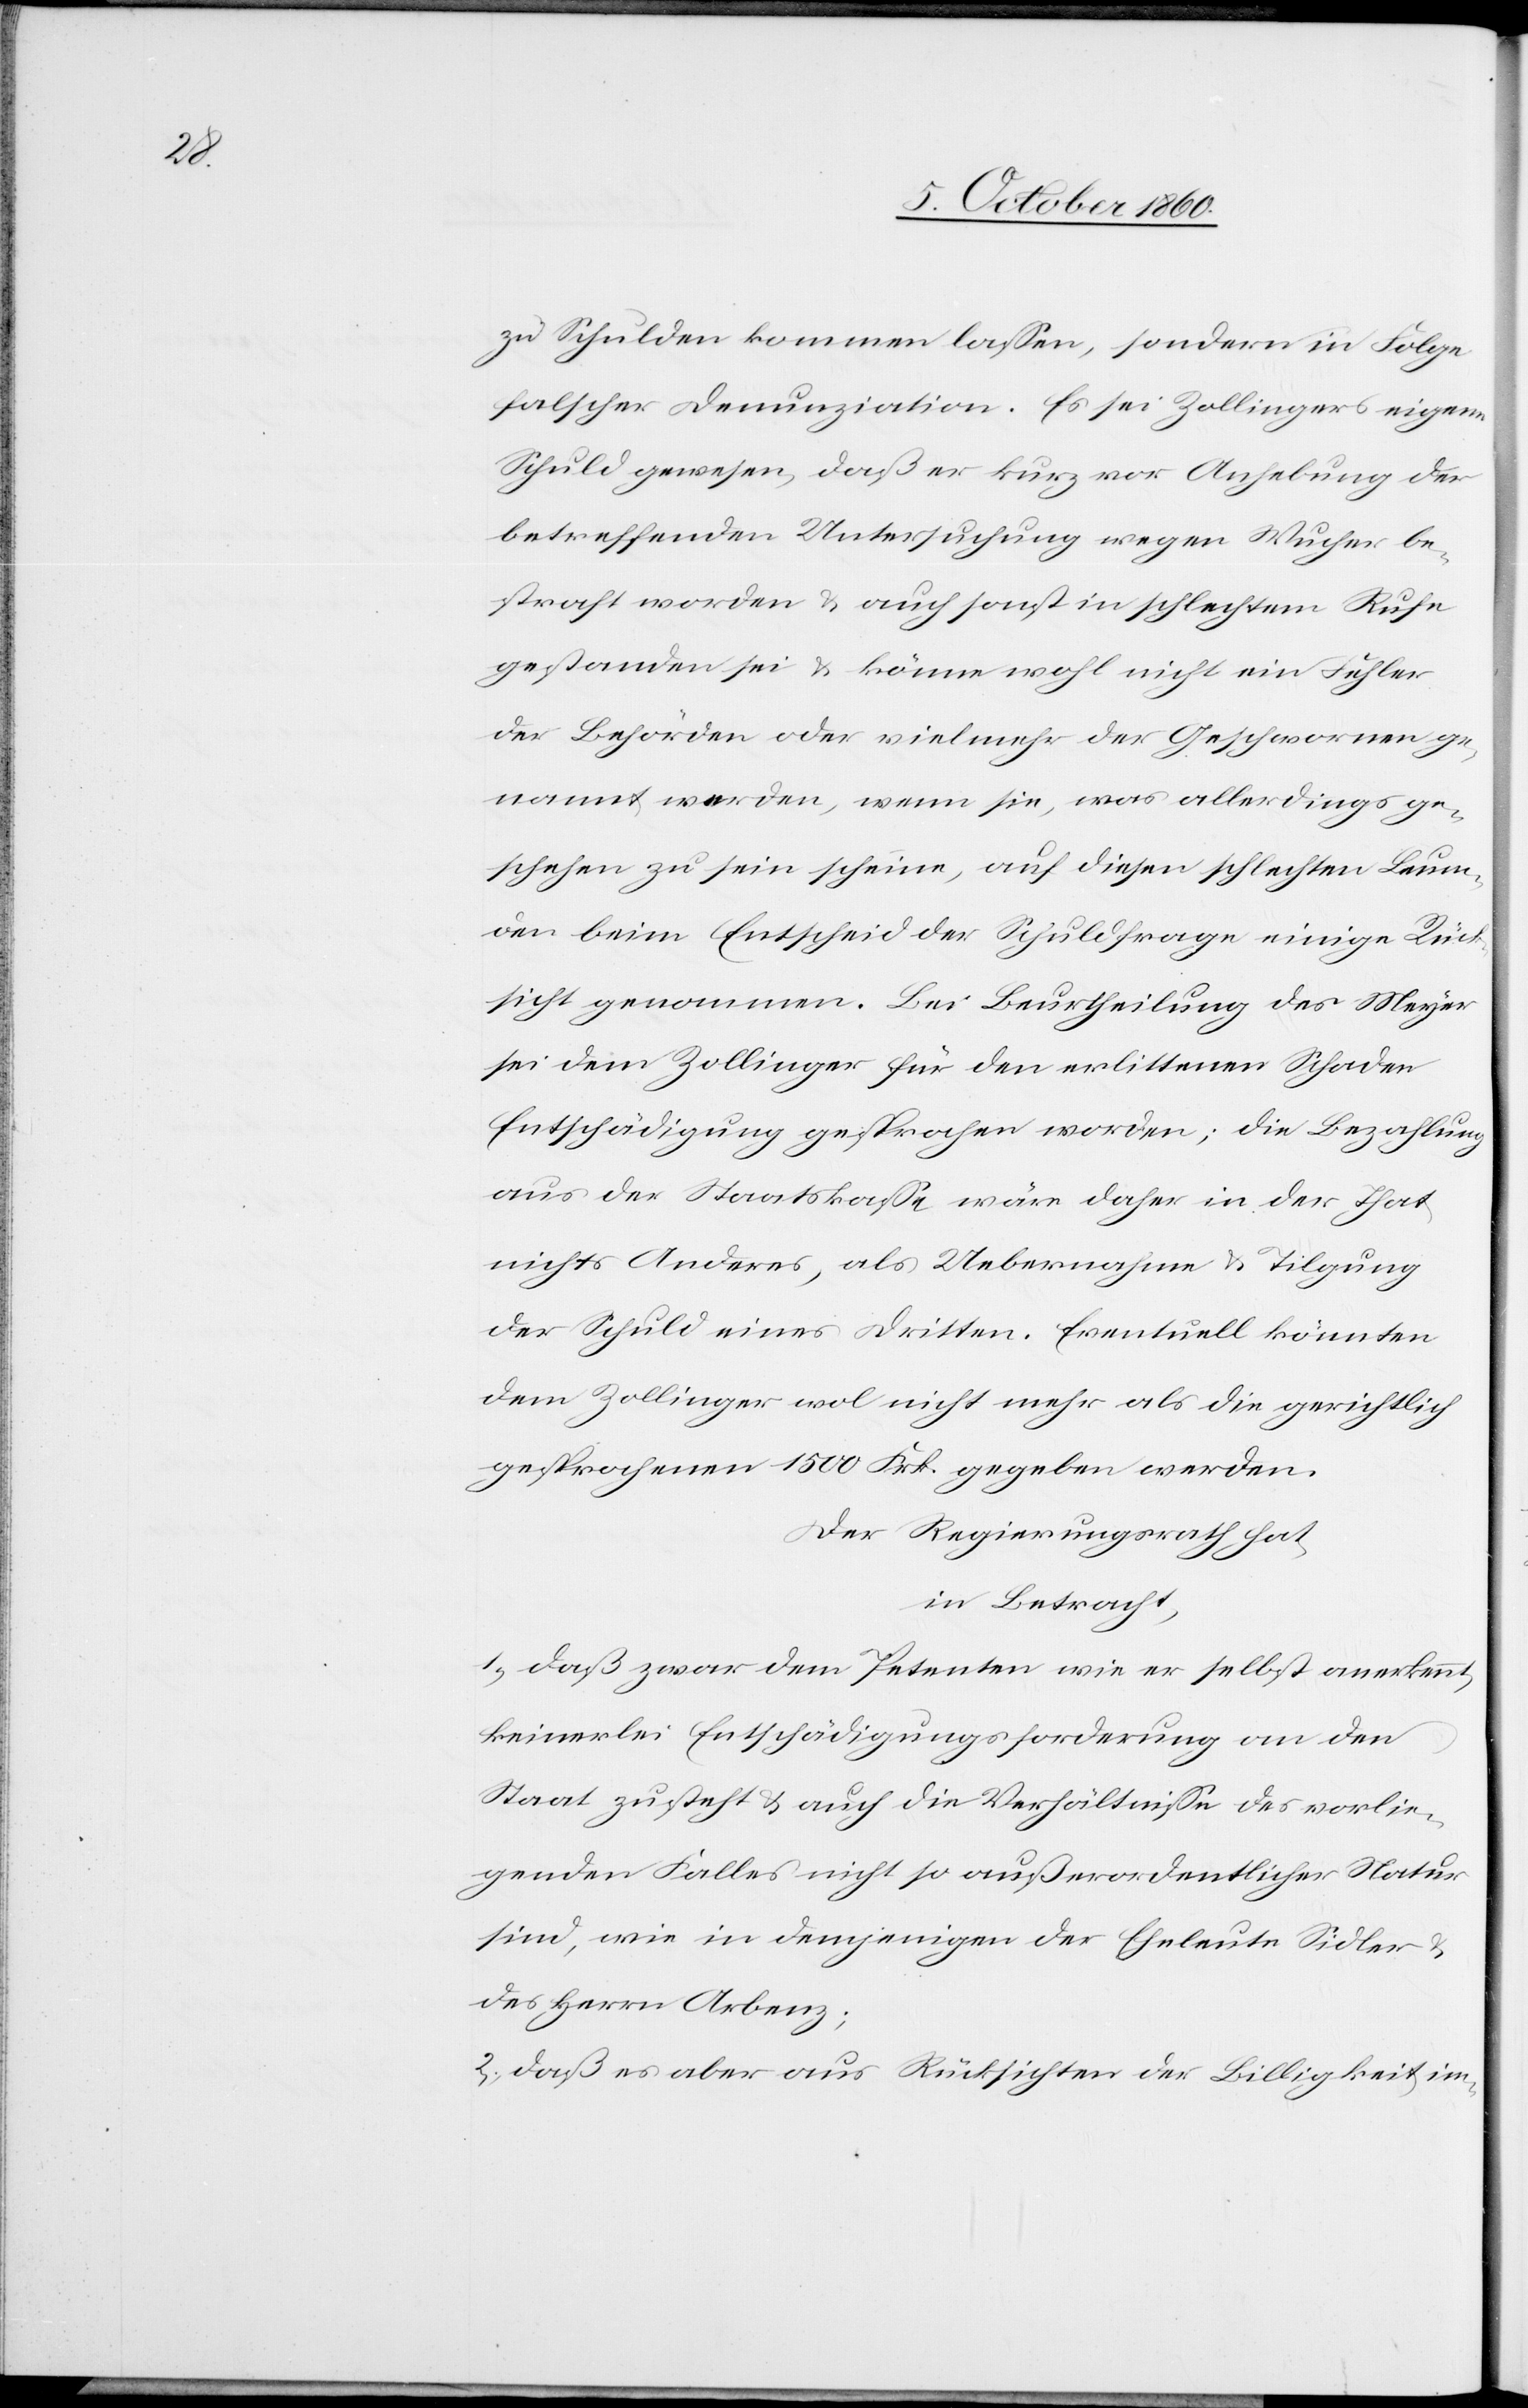
zu Schulden kommen lassen, sondern in Folge
falscher Denunziation. Es sei Zollingers eigene
Schuld gewesen, daß er kurz vor Anhebung der
betreffenden Untersuchung wegen Wucher be¬
straft worden u. auch sonst in schlechtem Ruhe
gestanden sei u. könne wohl nicht ein Fehler
der Behröden oder vielmehr der Geschwornen ge¬
nannt werden, wenn sie, was allerdings ge¬
schehen zu sein scheine, auf diesen schlechten Leum¬
den beim Entscheid der Schuldfrage einige Rück¬
sicht genommen. Bei Beurtheilung des Meyer
sei dem Zollinger für den erlittenen Schaden
Entschädigung gesprochen worden; die Bezahlung
aus der Staatskasse wäre daher in der That
nichts Anderes, als Uebernahme u. Tilgung
der Schuld eines Dritten. Eventuell könnten
dem Zollinger wol nicht mehr als die gerichtlich
gesprochenen 1500 Frk. gegeben werden.
Der Regierungsrath hat,
in Betracht,
1) daß zwar dem Petenten wie er selbst anerkennt,
keinerlei Entschädigungsforderung an den
Staat zusteht u. auch die Verhältnisse des vorlie¬
genden Falles nicht so außerordentlicher Natur
sind, wie in demjenigen der Eheleute Sidler u.
des Herrn Arbenz;
2) daß es aber aus Rücksichten der Billigkeit im-